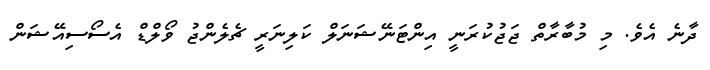
ދާނެ އެވެ. މި މުބާރާތް ޖަޖުކުރަނީ އިންޓަނޭޝަނަލް ކަލިނަރީ ޗެލެންޖު ވޯލްޑް އެސޯސިއޭޝަން